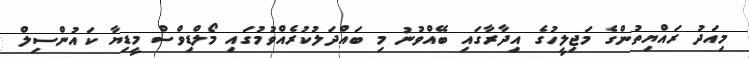
މިއަދު ރައްޔިތުންގެ މަޖިލީހުގެ އިދާރާގައި ބޭއްވުނު މި ބައްދަލުކުރެއްވުމުގައި މޯލްޑިވްސް މީޑިޔާ ކައުންސިލް